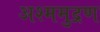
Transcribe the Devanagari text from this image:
अश्ममुद्रण